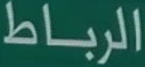
الرباط